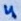
Text: 4